Lunatic asylums Madras 1877-1891 - 1877-1891
Year: 1877
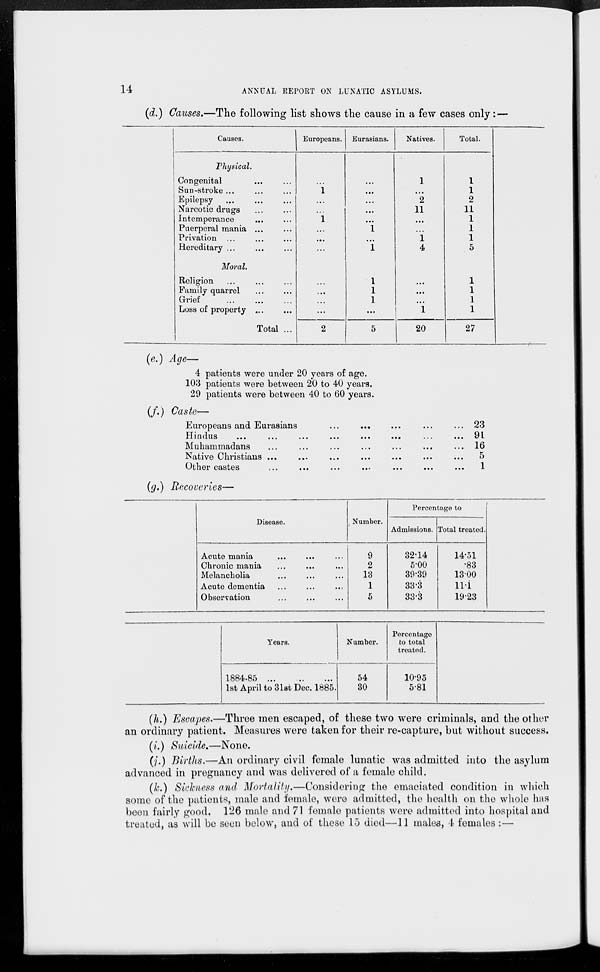
14
ANNUAL REPORT ON LUNATIC ASYLUMS.
(d.) Causes.—The following list shows the cause in a few cases only:—
Causes.
Physical.
Congenital ... ...
Sun-stroke ... ... ...
Epilepsy ... ... ...
Narcotic drugs ... ...
Intemperance ... ...
Puerperal mania ... ...
Privation ... ... ...
Hereditary ... ... ...
Moral.
Religion ... ... ...
Family quarrel ... ...
Grief ... ... ...
Loss of property ... ...
Total ...
Europeans.
...
1
...
...
1
...
...
...
...
...
...
...
2
Eurasians.
...
...
...
...
...
1
...
1
1
1
1
...
5
Natives.
1
...
2
11
...
...
1
4
...
...
...
1
20
Total.
1
1
2
11
1
1
1
5
1
1
1
1
27
(e.) Age—
4 patients were under 20 years of age.
103 patients were between 20 to 40 years.
29 patients were between 40 to 60 years.
(f.) Caste—
Europeans and Eurasians ... ... ... ... ...
Hindus
...
...
...
...
...
...
...
...
Muhammadans ... ... ... ... ... ... ...
Native Christians ... ... ... ... ... ... ...
Other castes
...
...
...
...
...
...
23
91
16
5
1
(g.) Recoveries—
Disease.
Acute mania ... ... ...
Chronic mania ... ... ...
Melancholia ... ... ...
Acute dementia ... ... ...
Observation ... ... ...
Number.
9
2
13
1
5
Percentage to
Admissions.
32.14
5.00
39.39
33.3
33.3
Total treated.
14.51
.83
13.00
11.1
19.23
Years.
1884-85 ... ... ...
1st April to 31st Dec. 1885.
Number.
54
30
Percentage
to total
treated.
10.95
5.81
(h.) Escapes.—Three men escaped, of these two were criminals, and the other
an ordinary patient. Measures were taken for their re-capture, but without success.
(i.) Suicide.—None.
(j.) Births.—An ordinary civil female lunatic was admitted into the asylum
advanced in pregnancy and was delivered of a female child.
(k.) Sickness and Mortality.—Considering the emaciated condition in which
some of the patients, male and female, were admitted, the health on the whole has
been fairly good. 126 male and 71 female patients were admitted into hospital and
treated, as will be seen below, and of these 15 died—11 males, 4 females :—